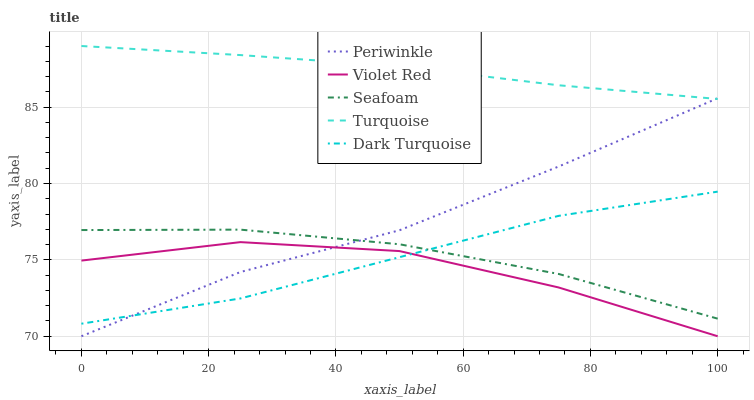
| xaxis_label | Periwinkle | Violet Red | Seafoam | Turquoise | Dark Turquoise |
 | --- | --- | --- | --- | --- | --- |
 | 0 | 70 | 75 | 77 | 89 | 70.8 |
 | 25 | 74.2 | 76.2 | 77 | 88.4 | 72.5 |
 | 50 | 76.9 | 75.6 | 76 | 87.7 | 75.2 |
 | 75 | 81.1 | 73.2 | 74.1 | 86.4 | 77.9 |
 | 100 | 85.6 | 70 | 71.2 | 85.5 | 79.5 |